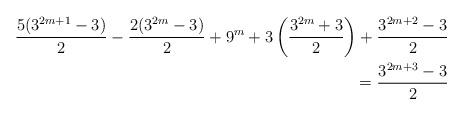
LaTeX: \begin{align*}\frac{5(3^{2m+1}-3)}{2} - \frac{2(3^{2m}-3)}{2}+9^{m}+3\left(\frac{3^{2m}+3}{2}\right)+\frac{3^{2m+2}-3}{2}& \\=\frac{3^{2m+3}-3}{2}&\end{align*}